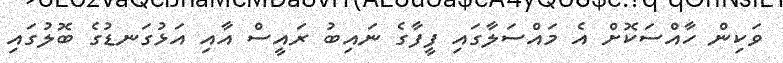
ވަކިން ހާއްސަކޮށް އެ މައްސަލާގައި ފީފާގެ ނައިބު ރައީސް އާއި އަޅުގަނޑުގެ ބޮލުގައި